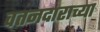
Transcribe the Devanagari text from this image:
वतनदाराच्या